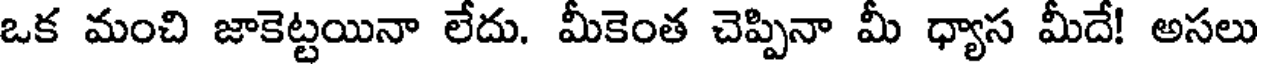
ఒక మంచి జాకెట్టయినా లేదు. మీకెంత చెప్పినా మీ ధ్యాస మీదే! అసలు